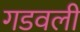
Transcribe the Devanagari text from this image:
गडवली